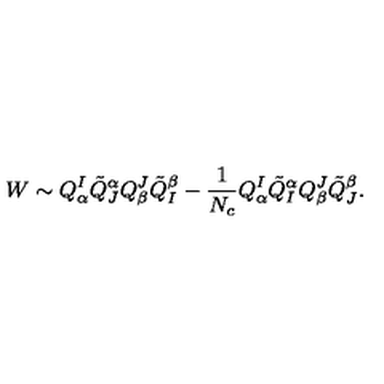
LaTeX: W \sim Q _ { \alpha } ^ { I } \tilde { Q } _ { J } ^ { \alpha } Q _ { \beta } ^ { J } \tilde { Q } _ { I } ^ { \beta } - \frac { 1 } { N _ { c } } Q _ { \alpha } ^ { I } \tilde { Q } _ { I } ^ { \alpha } Q _ { \beta } ^ { J } \tilde { Q } _ { J } ^ { \beta } .